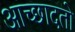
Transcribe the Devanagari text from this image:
आच्छादतो